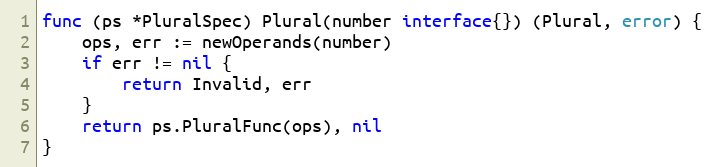
Language: Go
func (ps *PluralSpec) Plural(number interface{}) (Plural, error) {
	ops, err := newOperands(number)
	if err != nil {
		return Invalid, err
	}
	return ps.PluralFunc(ops), nil
}